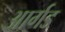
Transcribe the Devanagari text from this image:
आर्गड